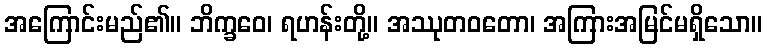
အကြောင်းမည်၏။ ဘိက္ခဝေ၊ ရဟန်းတို့။ အဿုတဝတော၊ အကြားအမြင်မရှိသော။